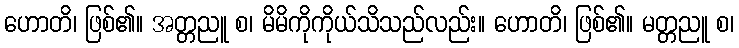
ဟောတိ၊ ဖြစ်၏။ အတ္တညူ စ၊ မိမိကိုကိုယ်သိသည်လည်း။ ဟောတိ၊ ဖြစ်၏။ မတ္တညူ စ၊